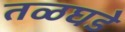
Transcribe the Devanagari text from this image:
तळघडे